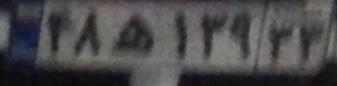
۴۸ه۱۳۹۳۳